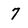
Character: 7